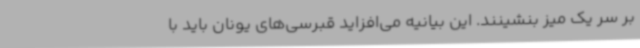
بر سر یک میز بنشینند. این بیانیه می‌افزاید قبرسی‌های یونان باید با